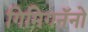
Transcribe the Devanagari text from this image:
गिमिगनॅनो